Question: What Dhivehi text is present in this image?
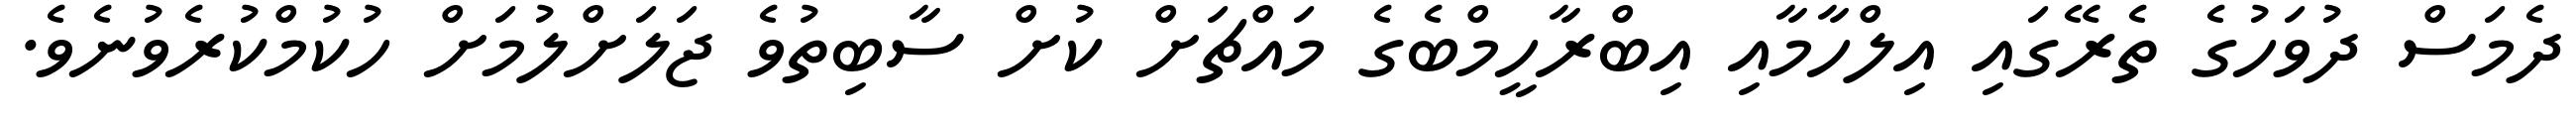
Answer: ދެމަސް ދުވަހުގެ ތެރޭގައި އިލްހާމާއި އިބްރާހީމްބެގެ މައްޗަށް ކުށް ސާބިތުވެ ޖަލަށްލުމަށް ހުކުމްކުރެވުނެވެ.